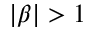
| \beta | > 1